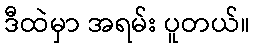
ဒီထဲမှာ အရမ်း ပူတယ်။